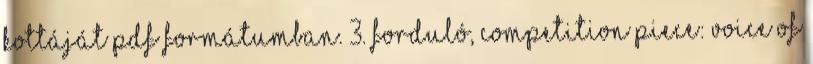
kottáját PDF formátumban. 3. forduló, Competition piece: Voice of